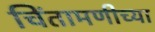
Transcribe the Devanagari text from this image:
चिंतामणीच्या